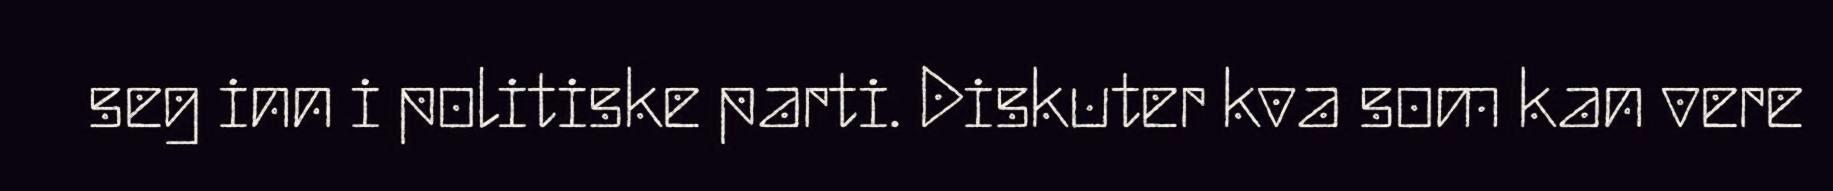
seg inn i politiske parti. Diskuter kva som kan vere